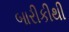
બારીકીથી